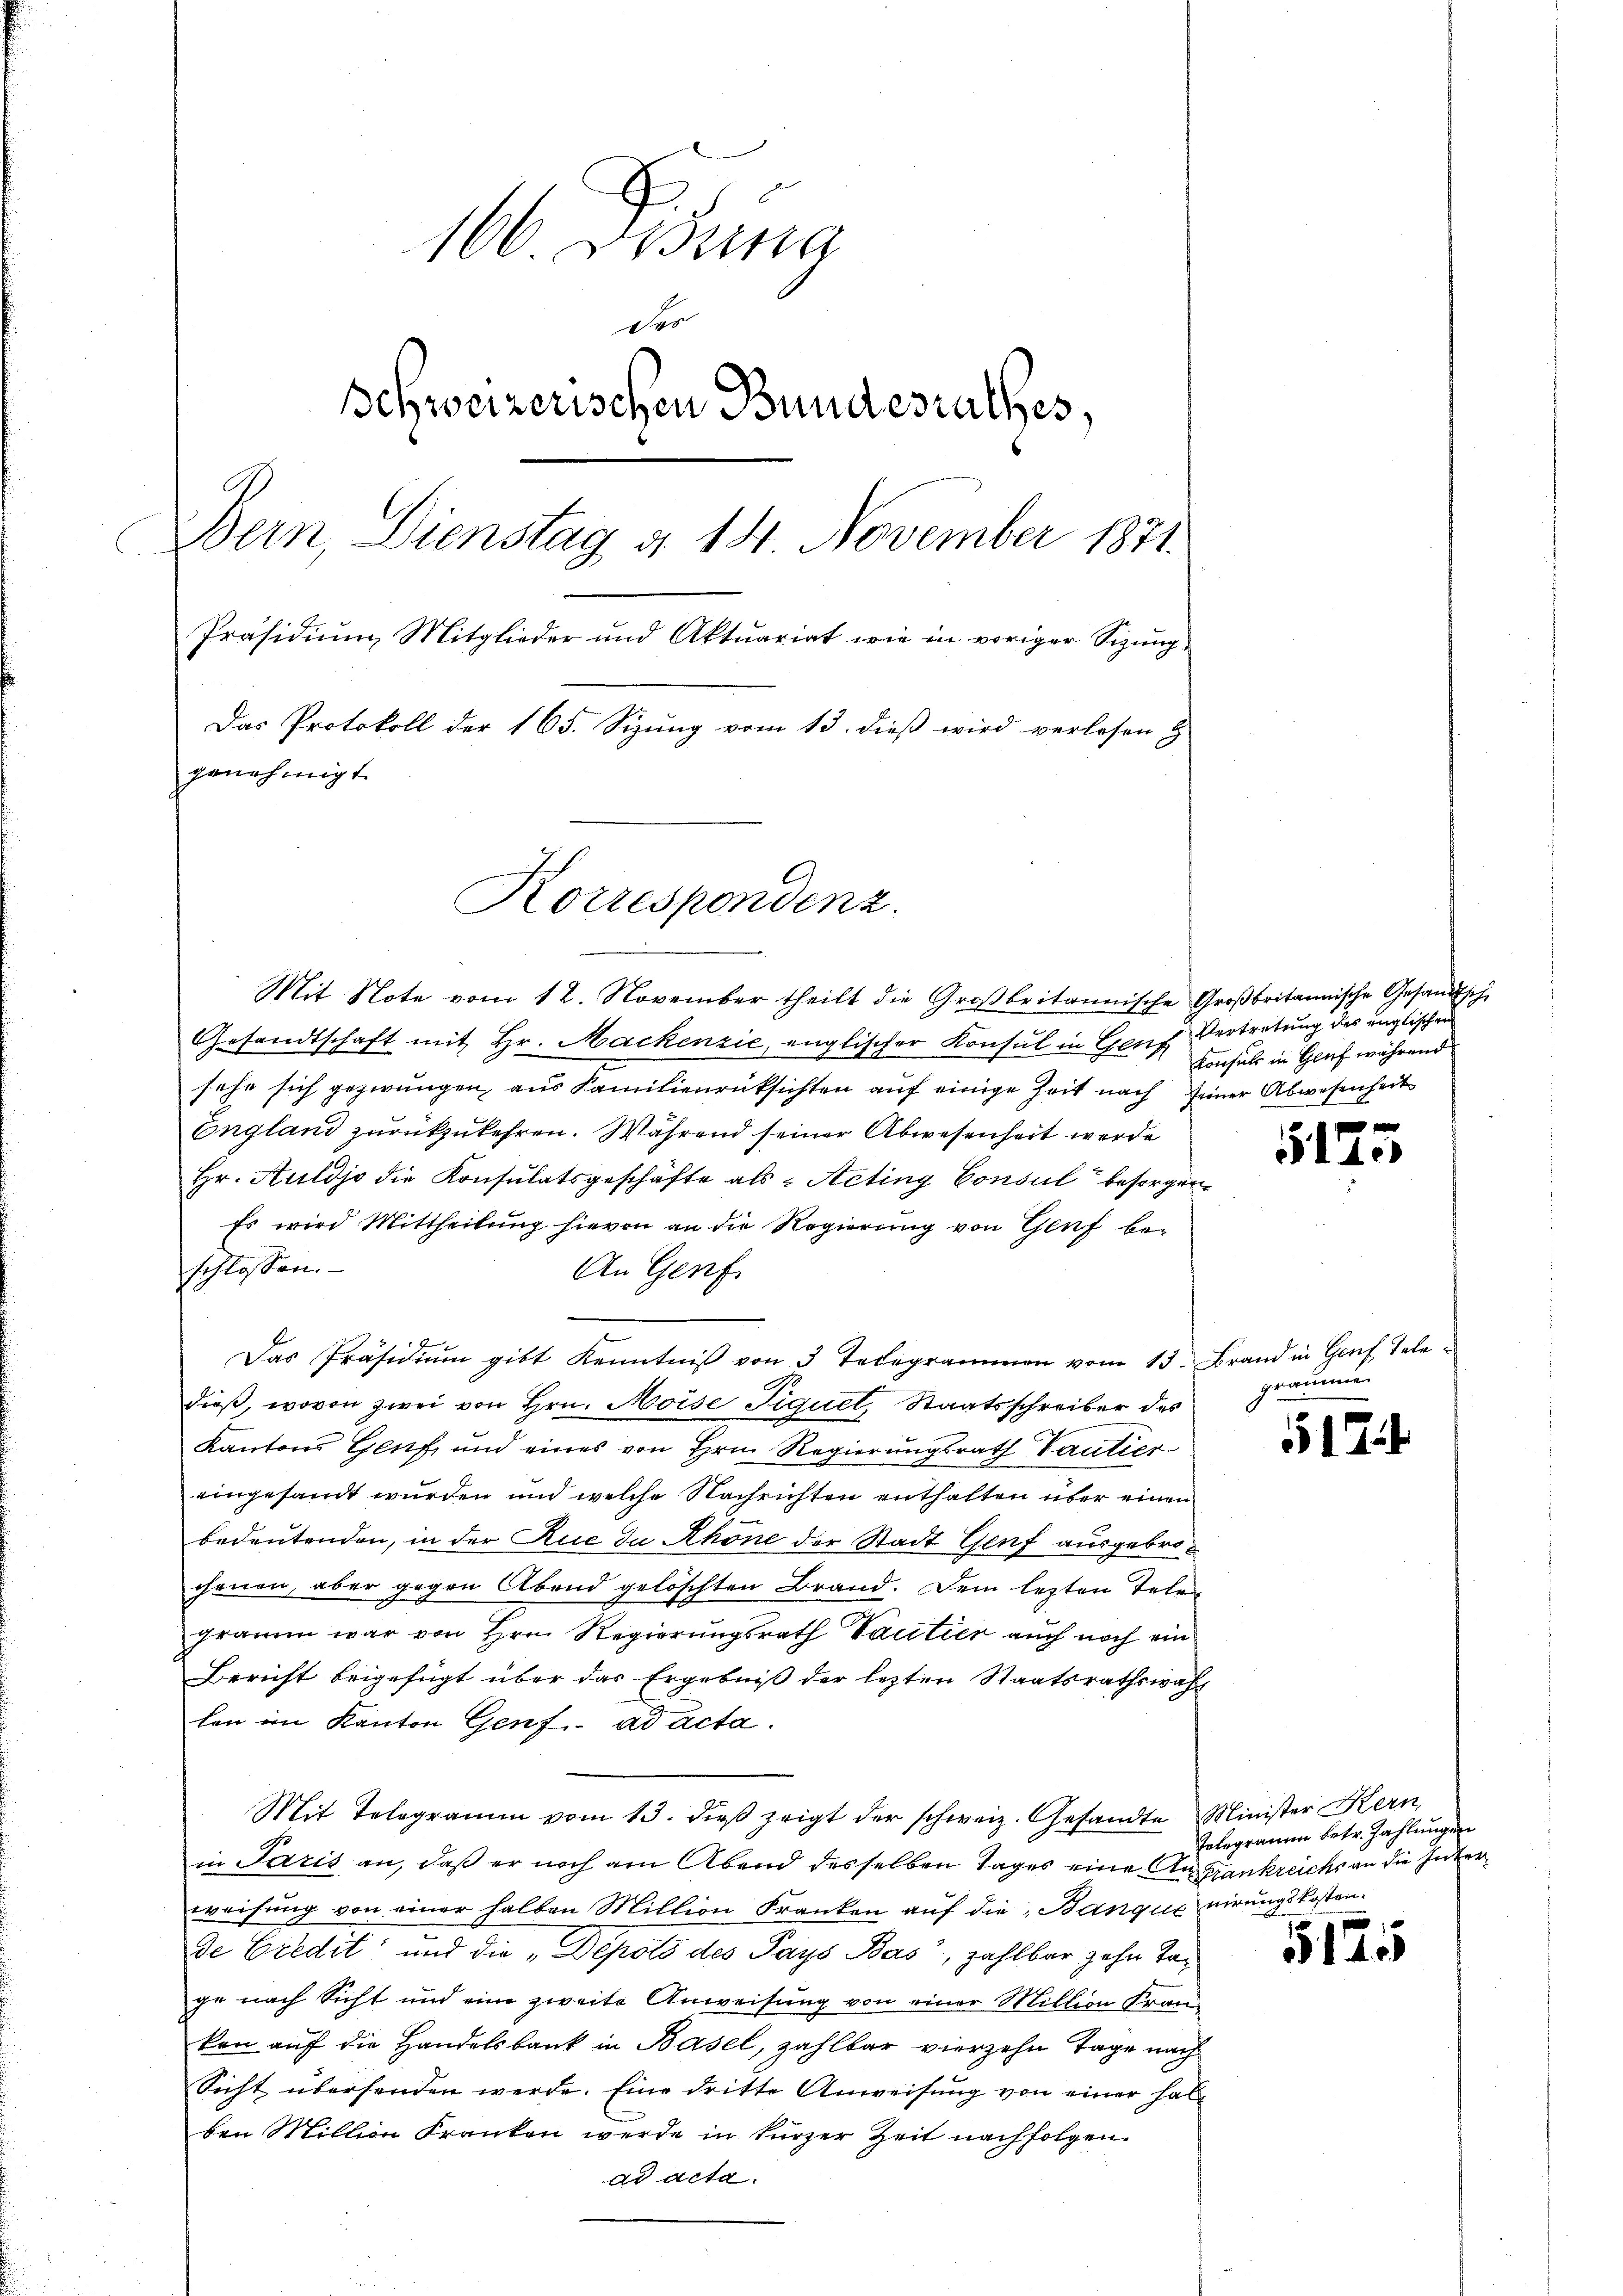
166. Febung
des
Schweizerischen Bundesrathes,
Bern, Dienstag d. 14. November 1871.
Präsidium Mitglieder und Aktuariat wie in voriger Sizung
Das Protokoll der 165. Sizung vom 13. dieß wird verlesen &
genehmigt.

Korrespondenz.

Mit Note vom 12. November theilt die Großbritannische Großbritannische Gesandtsche
Gesandtschaft mit Hr. Mackenzić, englischer Konsul in Genf Vertretung des unglischen
sehe sich gezwungen, aus Familienrücksichten auf einige Zeit nach seiner Abwesenheit
England zurückzukehren. Während seiner Abwesenheit werde
Hr. Huldjo die Konsulatsgeschäfte als Aeting Consul besorgen
Es wird Mittheilung hievon an die Regierung von Genf be-
schlossen.
An Genf
e
fx
Das Präsidiŭm gibt Kenntniβ von 3 Telegrammen vom 13. Brand in Genf Tele
dieß, wovon zwei von Hrn. Moise Figuel, Staatsschreiber des
Kantons Genf, und eines von Hrn. Regierungsrath Paulier
eingesandt wurden und welche Nachrichten enthalten über einen
bedeutenden, in der Rue zu Rhone der Stadt Genf ausgebroihrnen, aber gegen Abend gelöschten Brand. Dem lezten Tele
gramm war von Hrn. Regierungsrath Vautier auch noch ein
Bericht beigefügt über das Ergebniß der lezten Staatsrathswahl
len im Kanton Genf ad acta.
Mit Telegramm vom 13. dieβ zeigt der schweiz. Gesandte Minister Kern,
in Paris an, daß er noch am Abend desselben Tages eine Angrankreichs an die Interweisung von einer halben Million Franken auf die Banque virungskosten.
de Credit und die „Depots des Pays Bas, zahlbar zehn Tage nach Sicht und eine zweite Anweisung von einer Million Franz
ken auf die Handelsbank in Basel, zahlbar vierzehn Tage nach
Sicht überhanden werde. Eine dritte Anweisung von einer halben Million Franken werde in kürzer Zeit nachfolgen.
ad acta.

Konsuls in Genf während

5125

gräumie

517

Telegramm betr. Zahlungen

f
5140